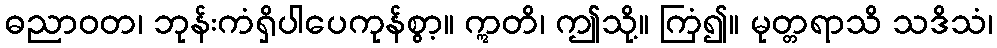
ဓညာဝတ၊ ဘုန်းကံရှိပါပေကုန်စွာ့။ ဣတိ၊ ဤသို့။ ကြံ၍။ မုတ္တရာသိ သဒိသံ၊